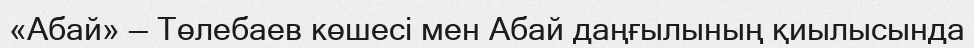
«Абай» — Төлебаев көшесі мен Абай даңғылының қиылысында